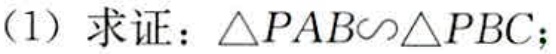
(1) 求证：\(\triangle PAB\sim\triangle PBC\)；